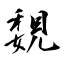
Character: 覣